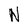
Character: N